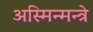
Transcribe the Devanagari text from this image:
अस्मिन्मन्त्रे